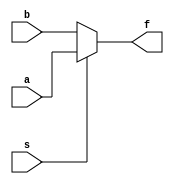
    
    
      // timescale 1ns/1ps
module mux_2_to_1(a,b,s,f);
    input a,b,s;
    output f;
    reg f;
    always@(s or a or b)
        if(s==1) f=a;
        else f=b;
endmodule
module testbench;
    reg a,b,s;
    wire f;
    mux_2_to_1 mux(a,b,s,f);
    initial
        begin
            $monitor(,$time," a=%b, b=%b, s=%b f=%b",a,b,s,f);
            #0 a=1'b0;b=1'b0;
            #1 a=1'b0;b=1'b1;
            #2 a=1'b1;b=1'b0;
            #3 a=1'b1;b=1'b1;
            #10 s=1'b1;
            #15 s=1'b0;
            #100 $finish;
        end
endmodule